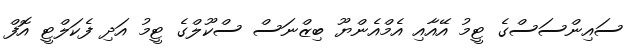
ސައިންސަސްގެ ޓީމު އޭއާއި އެމްއެންޔޫ ބިޒްނަސް ސްކޫލްގެ ޓީމު އަދި ފެކަލްޓީ އޮފް